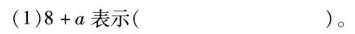
(1)8+a表示( )。